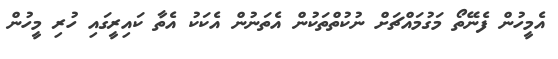
އެމީހުން ފެނޭތޯ މަގުމައްޗަށް ނުކުތްތަކުން އެތަނުން އެކަކު އެތާ ކައިރީގައި ހުރި މީހުން